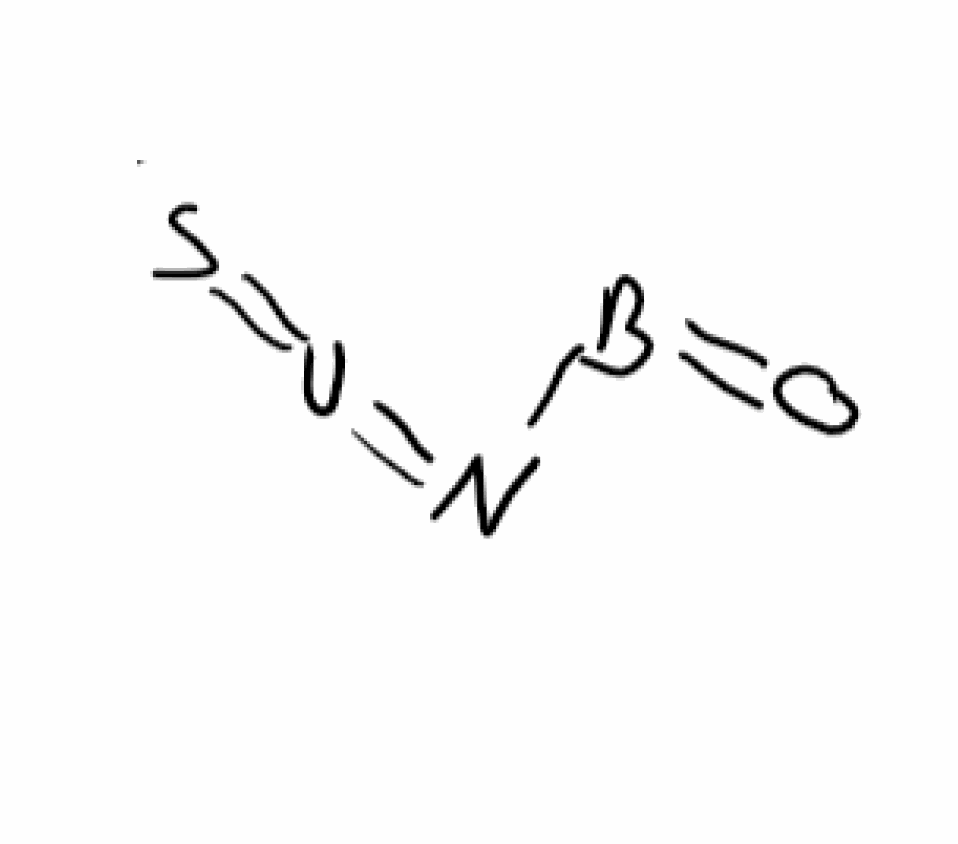
Simplified molecular-input line-entry system (SMILES) notation of the given molecule:
B(=O)N=[U]=S